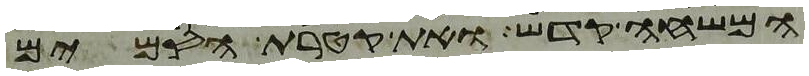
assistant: המשחה קדש ואת קטרת הסמים